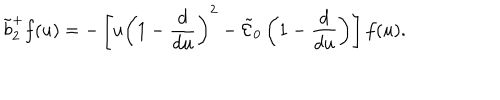
\tilde { b } _ { 2 } ^ { + } f ( u ) = - \left[ u \left( 1 - { \frac { d } { d u } } \right) ^ { 2 } - \tilde { \cal E } _ { 0 } \left( 1 - { \frac { d } { d u } } \right) \right] f ( u ) .